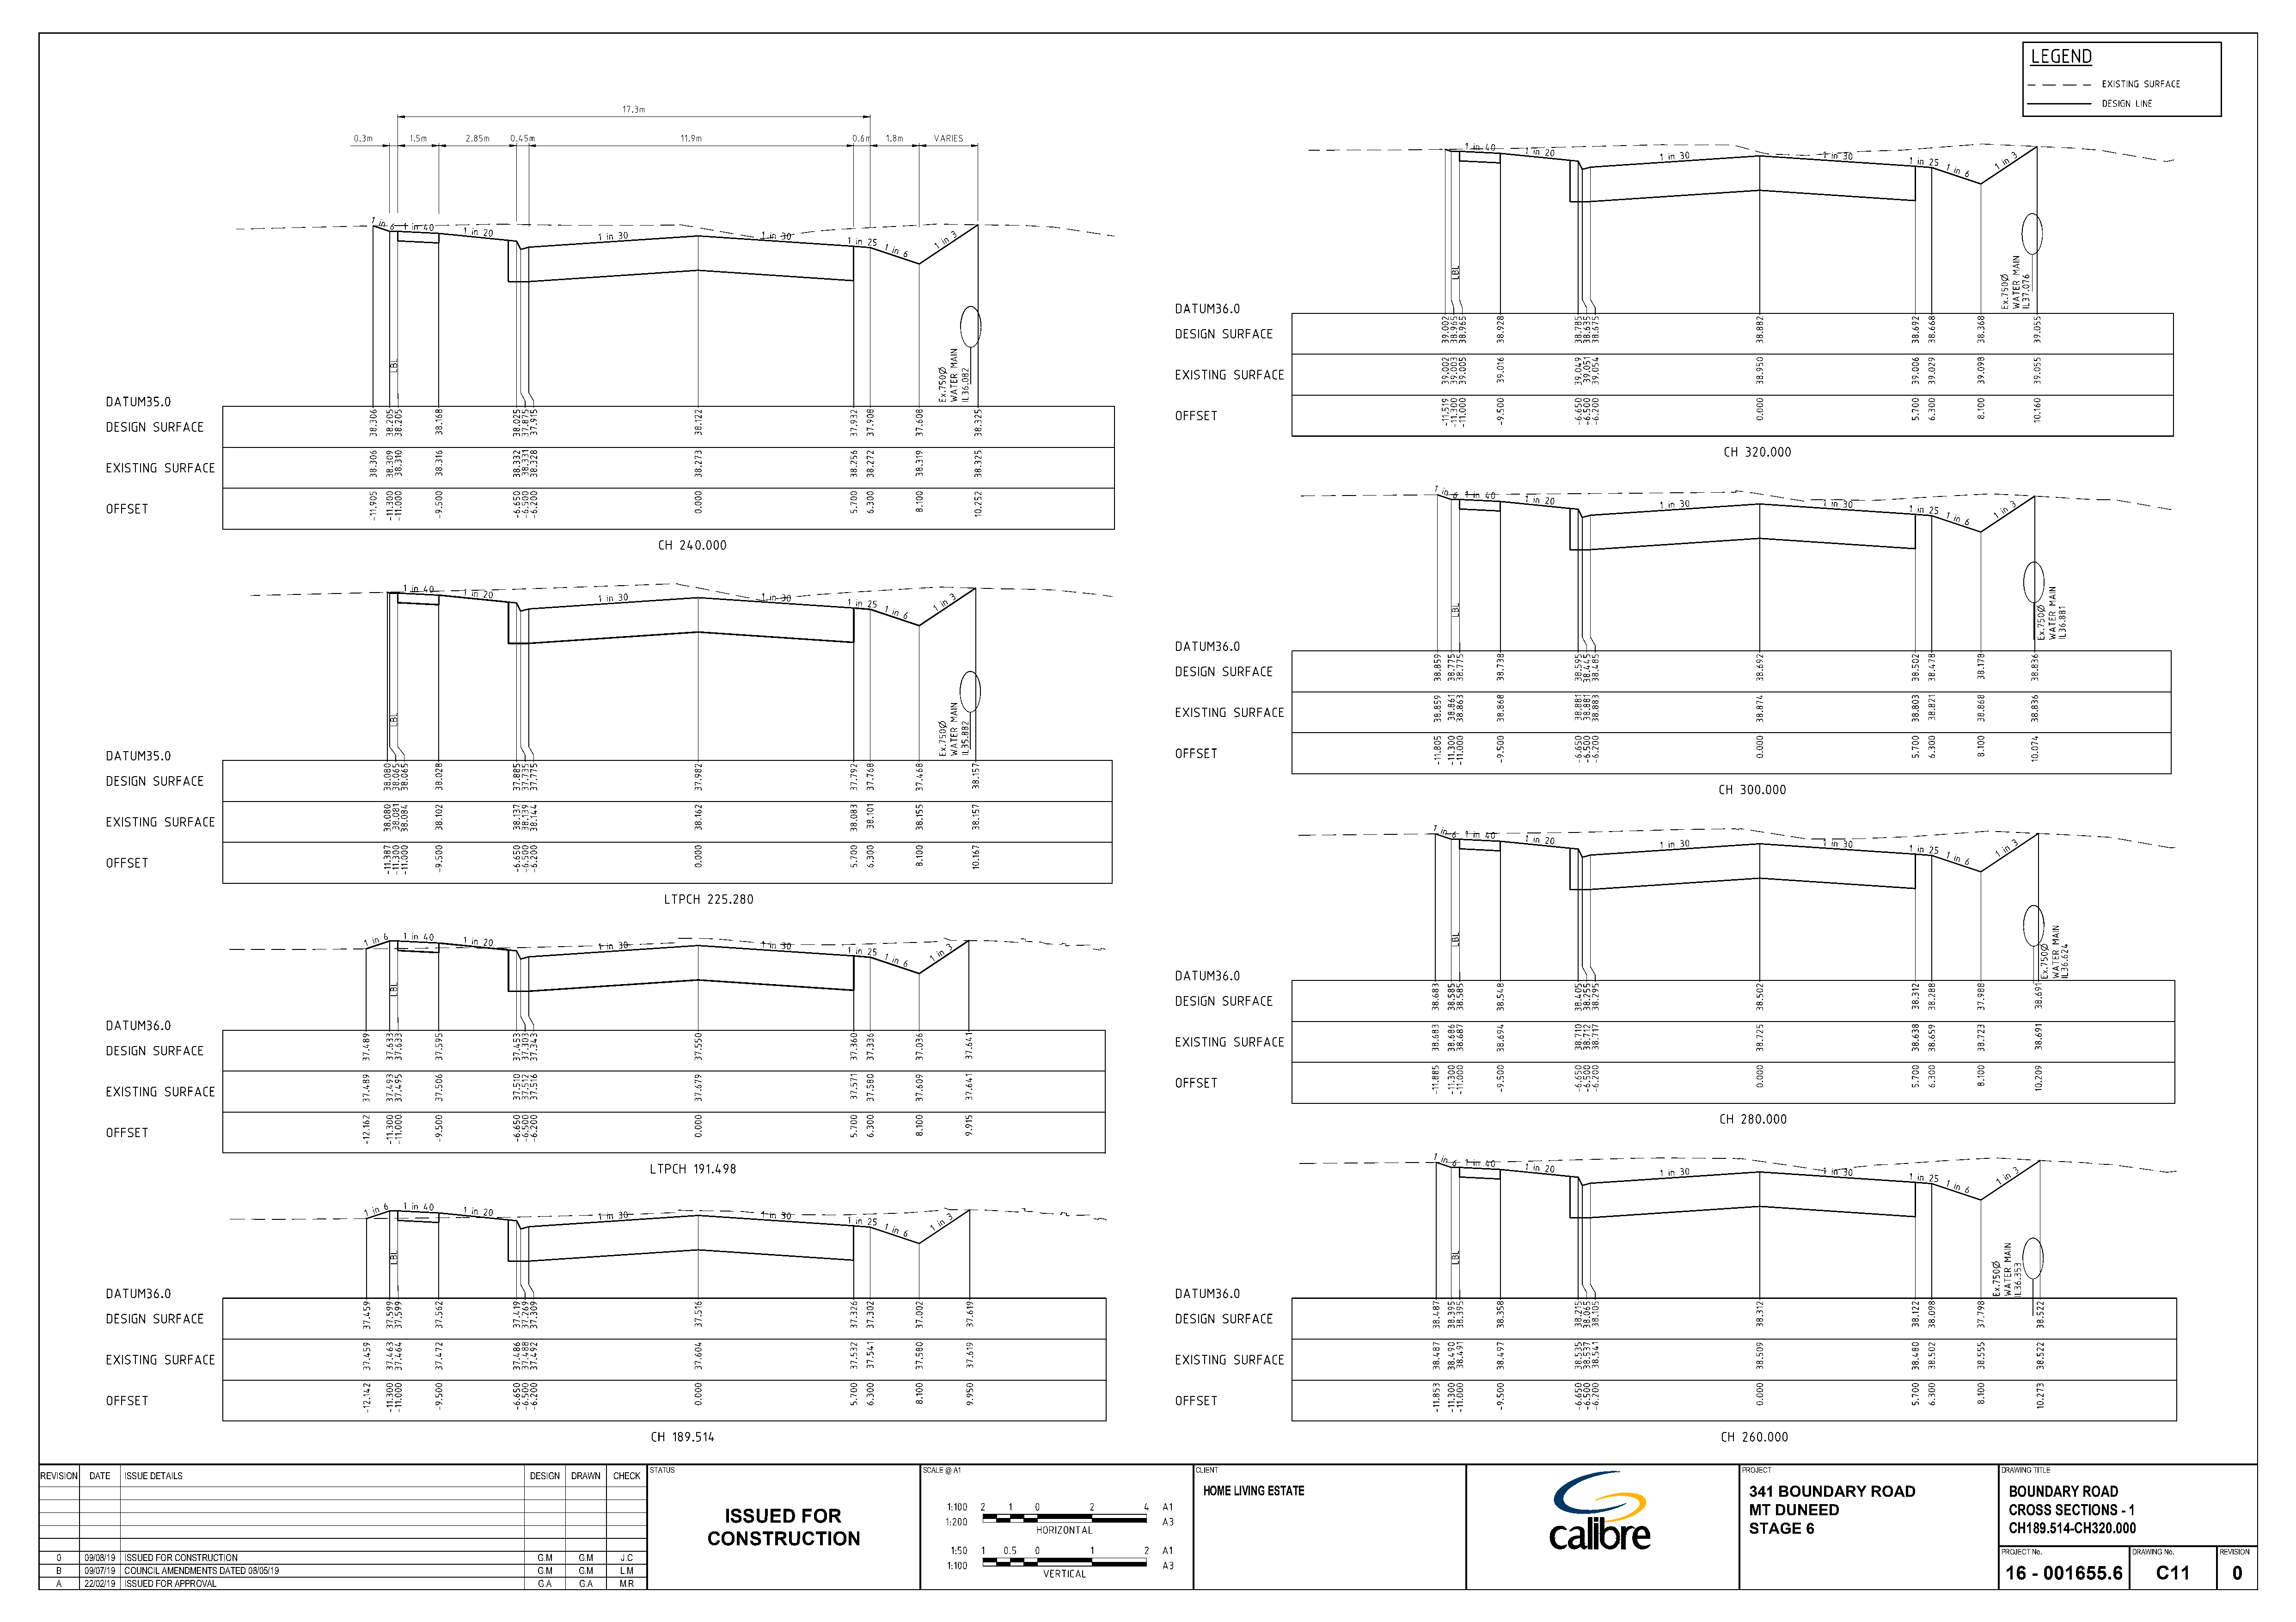
STATUS                                 SCALE @ A1                             CLIENT                                                                        PROJECT                               DRAWING TITLE
 REVISION DATE ISSUE DETAILS                                           DESIGN DRAWN CHECK
 HOME LIVING ESTATE                                                             341 BOUNDARY     ROAD                BOUNDARY  ROAD
 MT DUNEED                            CROSS SECTIONS  - 1
 ISSUED     FOR
 STAGE   6                            CH189.514-CH320.000
 CONSTRUCTION
 PROJECT No.       DRAWING No.  REVISION
 0   090819 ISSUED FOR CONSTRUCTION                                   G.M   G.M   J.C
 B   090719 COUNCIL AMENDMENTS DATED 080519                           G.M   G.M   L.M                                                                                                                                                                                                   16  - 001655.6        C11        0
 A   220219 ISSUED FOR APPROVAL                                       G.A   G.A   M.R